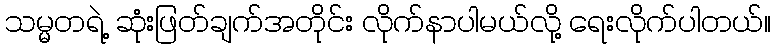
သမ္မတရဲ့ ဆုံးဖြတ်ချက်အတိုင်း လိုက်နာပါမယ်လို့ ရေးလိုက်ပါတယ်။